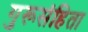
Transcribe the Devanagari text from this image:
गुरूसंहिता